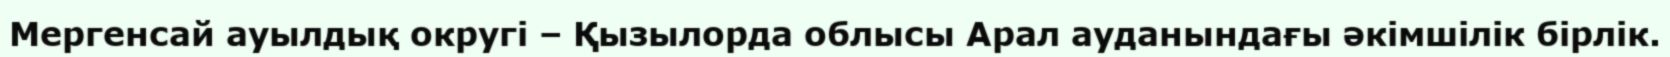
Мергенсай ауылдық округі – Қызылорда облысы Арал ауданындағы әкімшілік бірлік.